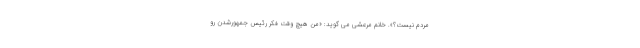
مردم نیست؟». خانم مرعشی می گوید: «من هیچ وقت فکر رئیس جمهورشدن رو